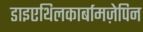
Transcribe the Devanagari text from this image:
डाइएथिलकार्बामज़ेपिन